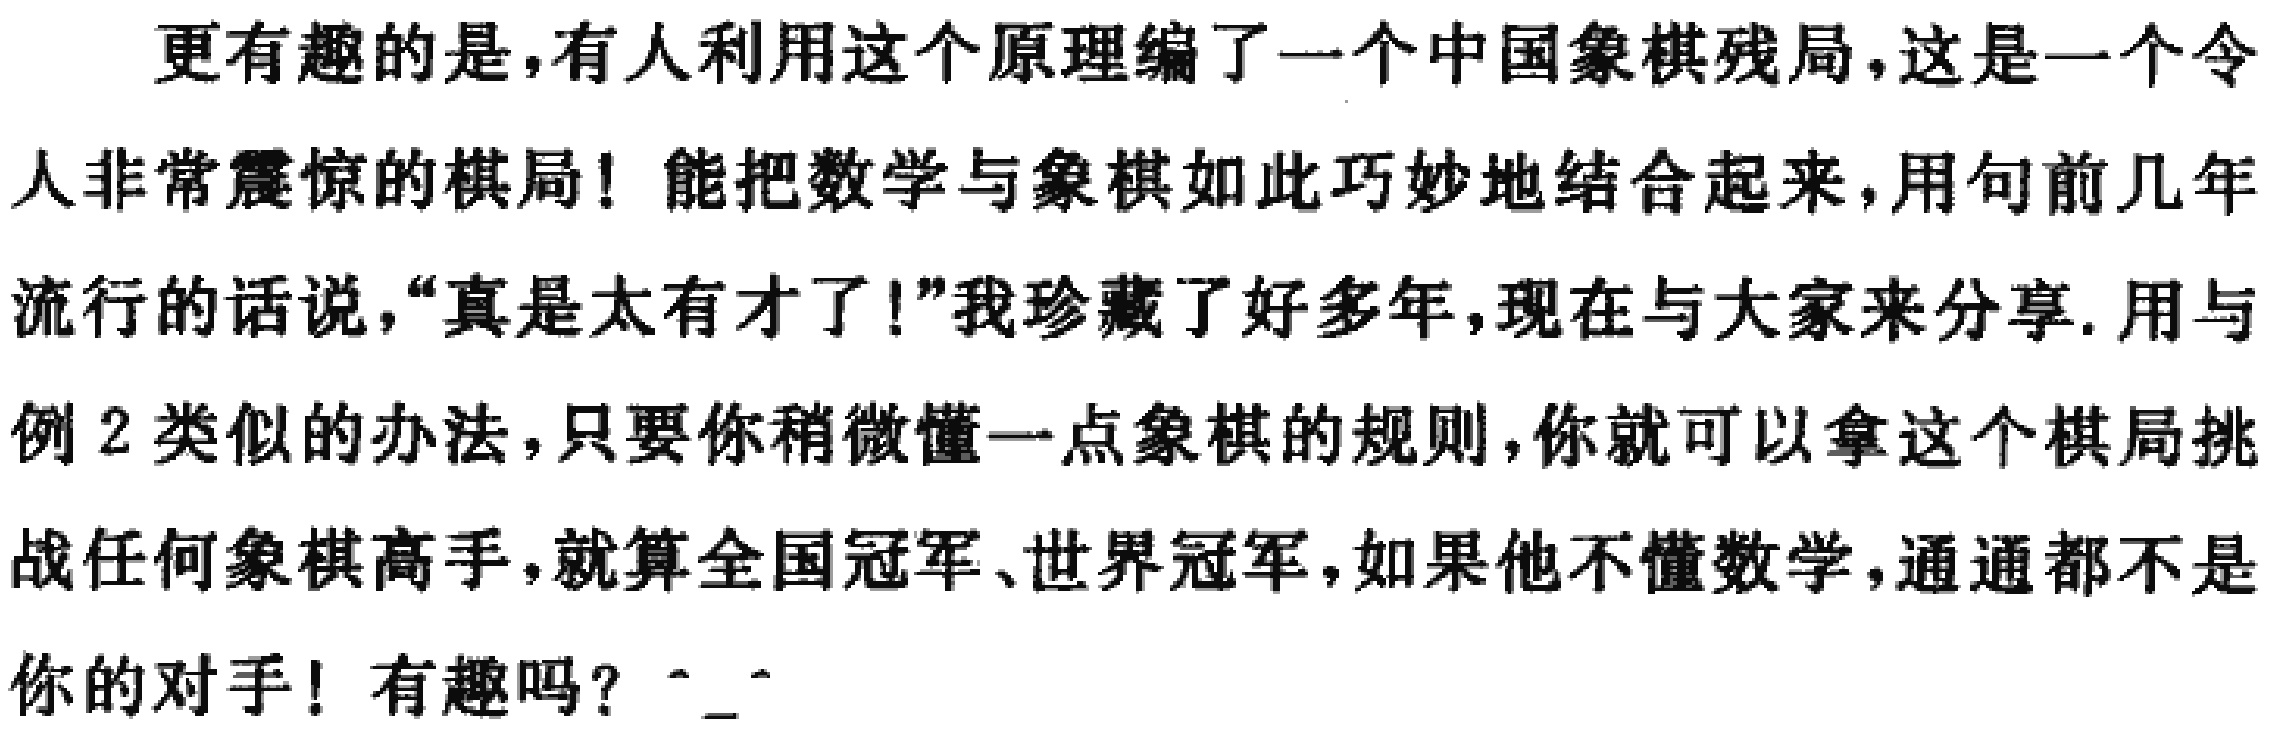
更有趣的是,有人利用这个原理编了一个中国象棋残局,这是一个令人非常震惊的棋局! 能把数学与象棋如此巧妙地结合起来,用句前几年流行的话说,“真是太有才了!”我珍藏了好多年,现在与大家来分享. 用与例 2 类似的办法,只要你稍微懂一点象棋的规则,你就可以拿这个棋局挑战任何象棋高手,就算全国冠军、世界冠军,如果他不懂数学,通通都不是你的对手! 有趣吗？^_^